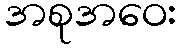
အစုအဝေး